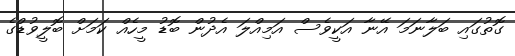
ގޮތުގައި ބަލާނަމަ އޭނާ އަކީވެސް އަމިއްލަ އެދުން ބޮޑު މީހެއް ކަމަށް ބޮލީވުޑްގެ